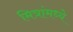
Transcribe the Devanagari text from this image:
मित्रांमध्ये